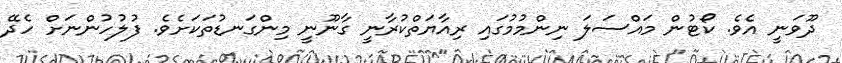
ދޫވަނީ އެވެ. ކޯޓުން މައްސަލަ ނިންމުމުގައި ރިއާޔަތްކުރާނީ ގާނޫނީ މިންގަނޑުތަކަށެވެ. ފުލުހުންނަށް ހެދޭ